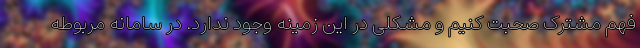
فهم مشترک صحبت کنیم و مشکلی در این زمینه وجود ندارد. در سامانه مربوطه